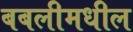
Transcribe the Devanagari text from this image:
बबलीमधील